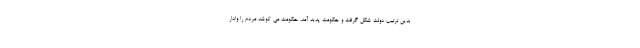
بدین ترتیب دولت شکل گرفت و حکومت پدید آمد. حکومت می کوشد مردم را وادار